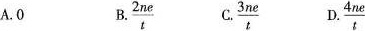
A.0 B. $$\frac{2ne}{t}$$ c. $$\frac{3ne}{t}$$ D. $$\frac{4ne}{t}$$